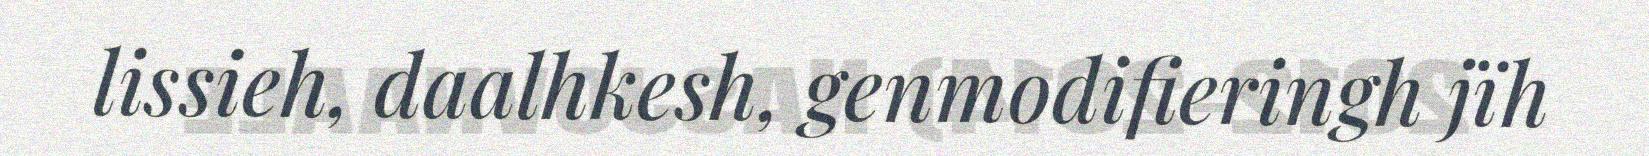
lissieh, daalhkesh, genmodifieringh jïh